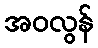
အဝလွန်